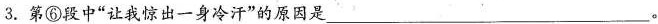
3.第⑥段中”让我惊出一身冷汗”的原因是___